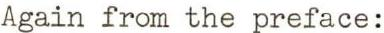
Again from the preface: